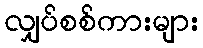
လျှပ်စစ်ကားများ